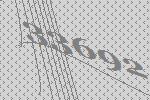
33692